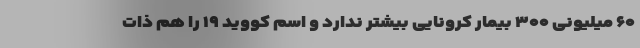
۶۰ میلیونی ۳۰۰ بیمار کرونایی بیشتر ندارد و اسم کووید ۱۹ را هم ذات